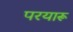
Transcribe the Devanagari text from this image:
परयारू